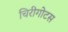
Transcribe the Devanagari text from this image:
चिरीगोटस